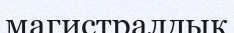
магистралдық